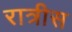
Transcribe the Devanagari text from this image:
रात्रीस